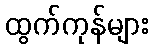
ထွက်ကုန်များ